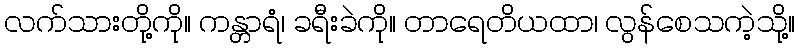
လက်သားတို့ကို။ ကန္တာရံ၊ ခရီးခဲကို။ တာရေတိယထာ၊ လွန်စေသကဲ့သို့။